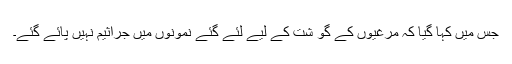
جس میں کہا گیا کہ مرغیوں کے گو شت کے لیے لئے گئے نمونوں میں جراثیم نہیں پائے گئے۔